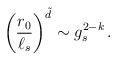
LaTeX: \begin{align*}\left ( {r_0\over \ell_s}\right )^{\tilde d} \sim g_s^{2-k}\, .\end{align*}